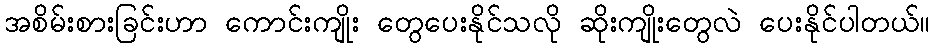
အစိမ်းစားခြင်းဟာ ကောင်းကျိုး တွေပေးနိုင်သလို ဆိုးကျိုးတွေလဲ ပေးနိုင်ပါတယ်။